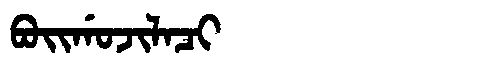
Manchu: ᠪᠣᡳᡤᠣᠵᡳᠯᠠᠴᡳ
Romanization: BOIGOJILACI